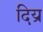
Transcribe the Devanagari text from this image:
दिय्र